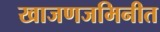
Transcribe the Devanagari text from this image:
खाजणजमिनीत